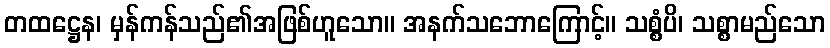
တထဋ္ဌေန၊ မှန်ကန်သည်၏အဖြစ်ဟူသော။ အနက်သဘောကြောင့်။ သစ္စံပိ၊ သစ္စာမည်သော